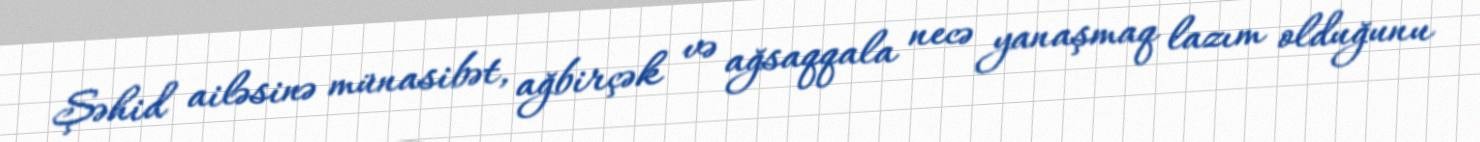
Şəhid ailəsinə münasibət, ağbirçək və ağsaqqala necə yanaşmaq lazım olduğunu